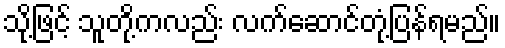
သို့ဖြင့် သူတို့ကလည်း လက်ဆောင်တုံ့ပြန်ရမည်။